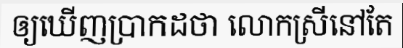
ឲ្យឃើញប្រាកដថា លោកស្រីនៅតែ